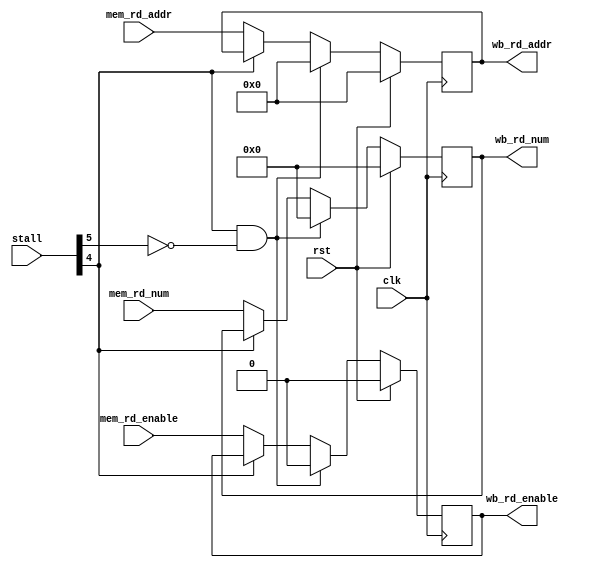
module MEMWB(
    input wire clk,
    input wire rst,
    input wire [5:0] stall,

    input wire mem_rd_enable,
    input wire[31:0] mem_rd_num,
    input wire[4:0] mem_rd_addr,
    
    output reg wb_rd_enable,
    output reg [31:0] wb_rd_num,
    output reg [4:0] wb_rd_addr
);
always @(posedge clk) begin
    if (rst == 1) begin
        wb_rd_enable <= 0;
        wb_rd_addr <= 0;
        wb_rd_num <= 0;
    end
    else if(stall[4] == 1 && stall[5] == 0) begin
        wb_rd_enable <= 0;
        wb_rd_addr <= 0;
        wb_rd_num <= 0;
    end
    else if(stall[4] == 0) begin
        wb_rd_enable <= mem_rd_enable;
        wb_rd_addr <= mem_rd_addr;
        wb_rd_num <= mem_rd_num;
    end  
end
endmodule